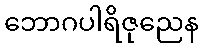
ဘောဂပါရိဇုညေန